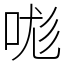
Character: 哤